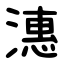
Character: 潓